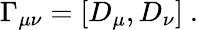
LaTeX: \Gamma_{\mu\nu}=\left[D_{\mu},D_{\nu}\right]\ .